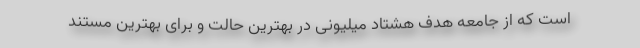
است که از جامعه هدف هشتاد میلیونی در بهترین حالت و برای بهترین مستند